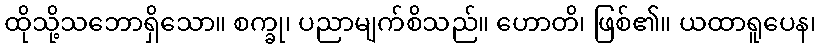
ထိုသို့သဘောရှိသော။ စက္ခု၊ ပညာမျက်စိသည်။ ဟောတိ၊ ဖြစ်၏။ ယထာရူပေန၊